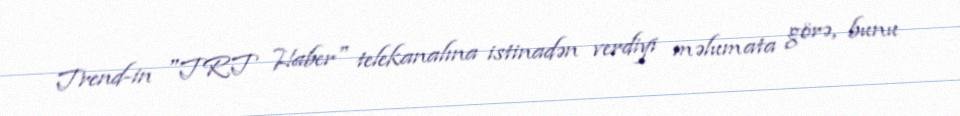
Trend-in "TRT Haber" telekanalına istinadən verdiyi məlumata görə, bunu